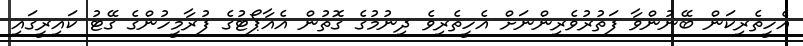
އެހީތެރިކަން ބޭނުންވާ ފަތުރުވެރިންނަށް އެހީތެރިވެ ދިނުމުގެ ގޮތުން އެއާޕޯޓުގެ ފުރާމީހުންގެ ގޭޓު ކައިރީގައި